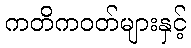
ကတိကဝတ်များနှင့်